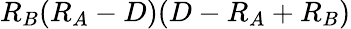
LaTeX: R_{B}(R_{A}-D)(D-R_{A}+R_{B})